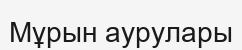
Мұрын аурулары